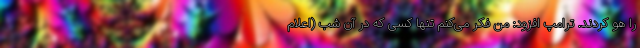
را هو کردند. ترامپ افزود: من فکر می‌کنم تنها کسی که در آن شب (اعلام